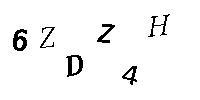
6ZDZ4H